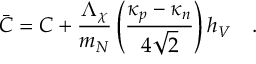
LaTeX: { \bar { C } } = C + { \frac { \Lambda _ { \chi } } { m _ { N } } } \left( { \frac { \kappa _ { p } - \kappa _ { n } } { 4 \sqrt { 2 } } } \right) h _ { V } \ \ \ .